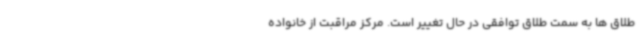
طلاق ها به سمت طلاق توافقی در حال تغییر است. مرکز مراقبت از خانواده